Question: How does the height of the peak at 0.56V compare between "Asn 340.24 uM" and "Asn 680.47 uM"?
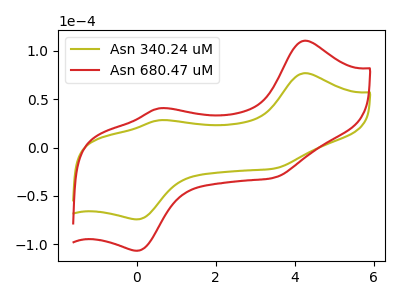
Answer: <think>The olive curve "Asn 340.24 uM" has anodic peaks at (4.25V, 76.80uA) (0.55V, 28.10uA) and cathodic peaks at (0.05V, -74.20uA) (3.45V, -21.75uA). The red curve "Asn 680.47 uM" has anodic peaks at (4.25V, 110.35uA) (0.55V, 40.40uA) and cathodic peaks at (0.05V, -106.60uA) (3.45V, -31.25uA).</think>
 <answer>The peak at 0.56V is lower in "Asn 340.24 uM" than in "Asn 680.47 uM".</answer>
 <eval>lower</eval>